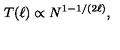
T ( \ell ) \propto N ^ { 1 - 1 / ( 2 \ell ) } ,